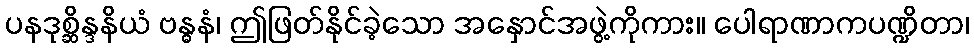
ပနဒုစ္ဆိန္ဒနိယံ ဗန္ဓနံ၊ ဤဖြတ်နိုင်ခဲ့သော အနှောင်အဖွဲ့ကိုကား။ ပေါရာဏာကပဏ္ဍိတာ၊